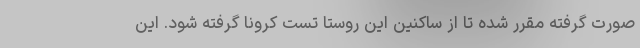
صورت گرفته مقرر شده تا از ساکنین این روستا تست کرونا گرفته شود. این